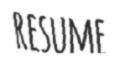
RESUME